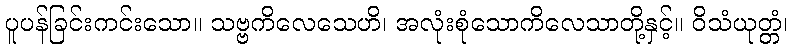
ပူပန်ခြင်းကင်းသော။ သဗ္ဗကိလေသေဟိ၊ အလုံးစုံသောကိလေသာတို့နှင့်။ ဝိသံယုတ္တံ၊